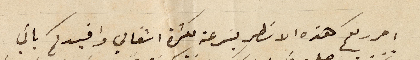
احرر لكم هذه الاسطر بسرعة لكثرة اشغالي وافيدكم باني